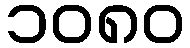
၁၀၈၀